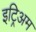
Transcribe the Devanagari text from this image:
इट्रिअम